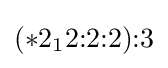
(*2_{1}2{:}2{:}2){:}3